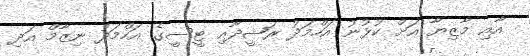
އާއި މާޒިޔާ އަށް ކުޅުނު އަހްމަދު ރަޝީދާއި ޓީސީގެ އަހްމަދު ނިޒާމް އަދި